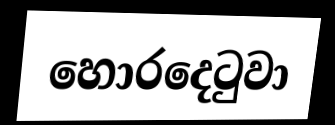
හොරදෙටුවා